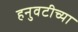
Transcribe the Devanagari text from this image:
हनुवटीच्या